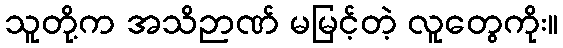
သူတို့က အသိဉာဏ် မမြင့်တဲ့ လူတွေကိုး။